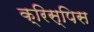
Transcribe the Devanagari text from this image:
क्रिस्पिस